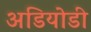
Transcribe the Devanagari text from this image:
अडियोडी